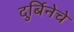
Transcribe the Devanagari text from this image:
दुर्बिनेचे